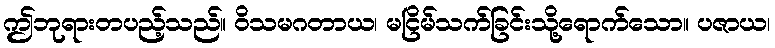
ဤဘုရားတပည့်သည်။ ဝိသမဂတာယ၊ မငြိမ်သက်ခြင်းသို့ရောက်သော။ ပဇာယ၊